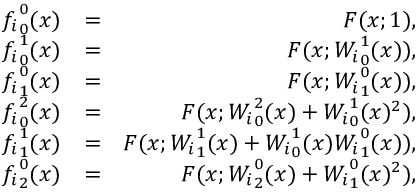
\begin{array} { r l r } { { f _ { i } } _ { 0 } ^ { 0 } ( x ) } & { = } & { F ( x ; 1 ) , } \\ { { f _ { i } } _ { 0 } ^ { 1 } ( x ) } & { = } & { F ( x ; { W _ { i } } _ { 0 } ^ { 1 } ( x ) ) , } \\ { { f _ { i } } _ { 1 } ^ { 0 } ( x ) } & { = } & { F ( x ; { W _ { i } } _ { 1 } ^ { 0 } ( x ) ) , } \\ { { f _ { i } } _ { 0 } ^ { 2 } ( x ) } & { = } & { F ( x ; { W _ { i } } _ { 0 } ^ { 2 } ( x ) + { W _ { i } } _ { 0 } ^ { 1 } ( x ) ^ { 2 } ) , } \\ { { f _ { i } } _ { 1 } ^ { 1 } ( x ) } & { = } & { F ( x ; { W _ { i } } _ { 1 } ^ { 1 } ( x ) + { W _ { i } } _ { 0 } ^ { 1 } ( x ) { W _ { i } } _ { 1 } ^ { 0 } ( x ) ) , } \\ { { f _ { i } } _ { 2 } ^ { 0 } ( x ) } & { = } & { F ( x ; { W _ { i } } _ { 2 } ^ { 0 } ( x ) + { W _ { i } } _ { 1 } ^ { 0 } ( x ) ^ { 2 } ) , } \end{array}